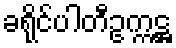
ခရိုင်ပါတီဥက္ကဋ္ဌ